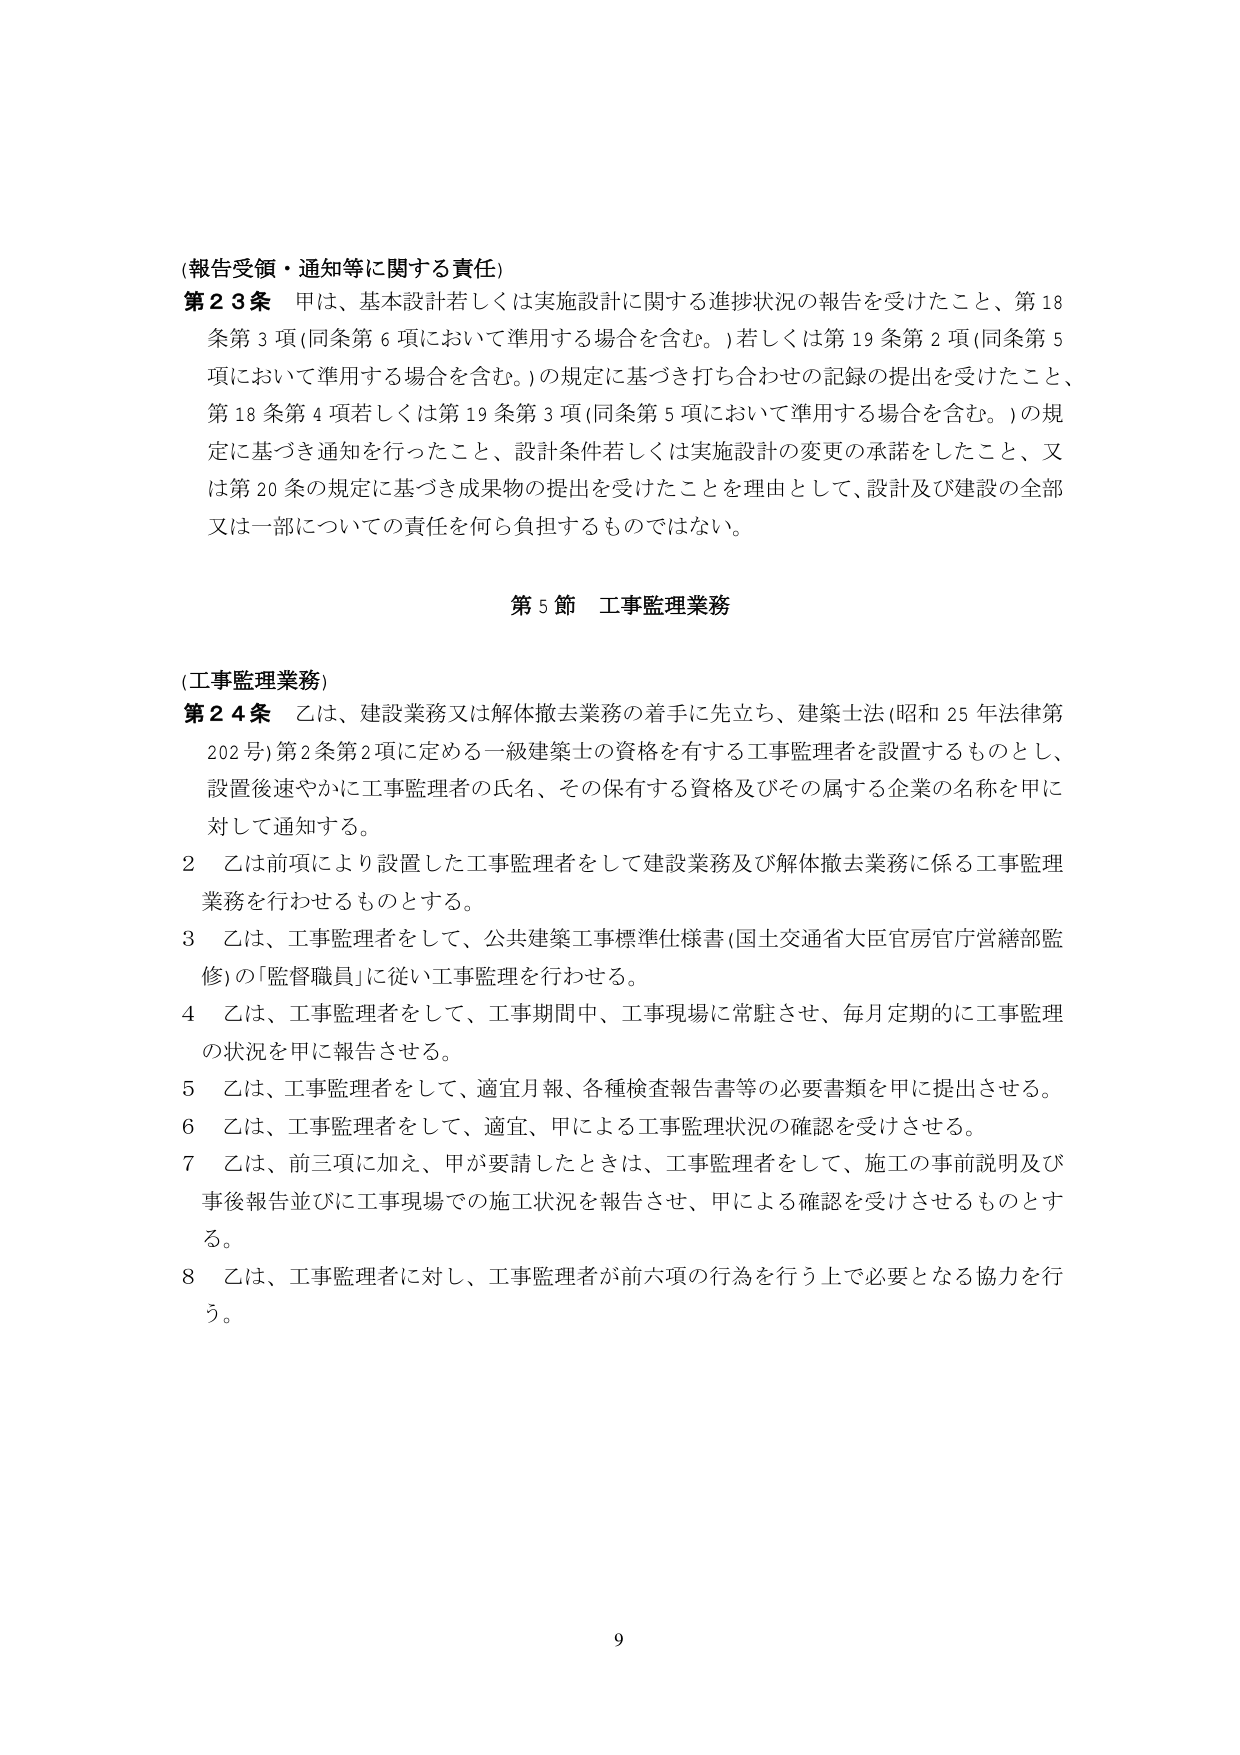
(報告受領・通知等に関する責任)
第23条 甲は、基本設計若しくは実施設計に関する進捗状況の報告を受けたこと、第18条第3項(同条第6項において準用する場合を含む。)若しくは第19条第2項(同条第5項において準用する場合を含む。)の規定に基づき打ち合わせの記録の提出を受けたこと、第18条第4項若しくは第19条第3項(同条第5項において準用する場合を含む。)の規定に基づき通知を行ったこと、設計条件若しくは実施設計の変更の承諾をしたこと、又は第20条の規定に基づき成果物の提出を受けたことを理由として、設計及び建設の全部又は一部についての責任を何ら負担するものではない。

第5節 工事監理業務

(工事監理業務)
第24条 乙は、建設業務又は解体撤去業務の着手に先立ち、建築士法(昭和25年法律第202号)第2条第2項に定める一級建築士の資格を有する工事監理者を設置するものとし、設置後速やかに工事監理者の氏名、その保有する資格及びその属する企業の名称を甲に対して通知する。
2 乙は前項により設置した工事監理者をして建設業務及び解体撤去業務に係る工事監理業務を行わせるものとする。
3 乙は、工事監理者をして、公共建築工事標準仕様書(国土交通省大臣官房官庁営繕部監修)の「監督職員」に従い工事監理を行わせる。
4 乙は、工事監理者をして、工事期間中、工事現場に常駐させ、毎月定期的に工事監理の状況を甲に報告させる。
5 乙は、工事監理者をして、適宜月報、各種検査報告書等の必要書類を甲に提出させる。
6 乙は、工事監理者をして、適宜、甲による工事監理状況の確認を受けさせる。
7 乙は、前三項に加え、甲が要請したときは、工事監理者をして、施工の事前説明及び事後報告並びに工事現場での施工状況を報告させ、甲による確認を受けさせるものとする。
8 乙は、工事監理者に対し、工事監理者が前六項の行為を行う上で必要となる協力を行う。

9